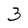
Character: 3